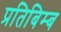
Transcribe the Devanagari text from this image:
प्रतिबिम्‍ब